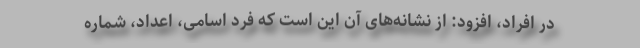
در افراد، افزود: از نشانه‌های آن این است که فرد اسامی، اعداد، شماره